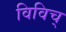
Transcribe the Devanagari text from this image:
विविच्